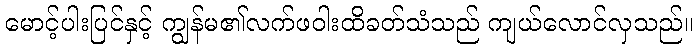
မောင့်ပါးပြင်နှင့် ကျွန်မ၏လက်ဖဝါးထိခတ်သံသည် ကျယ်လောင်လှသည်။